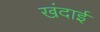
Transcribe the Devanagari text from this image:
खंदाई